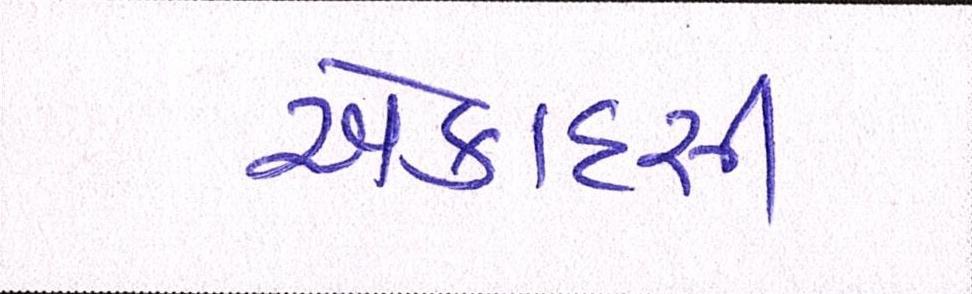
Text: એકાદસી